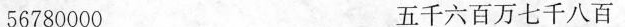
56780000 五千六百万七千八百